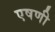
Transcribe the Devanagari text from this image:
एषणी